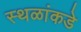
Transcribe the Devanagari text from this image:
स्थळांकडे